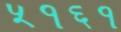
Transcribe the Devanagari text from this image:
५१६१